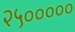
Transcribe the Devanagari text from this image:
२५०००००